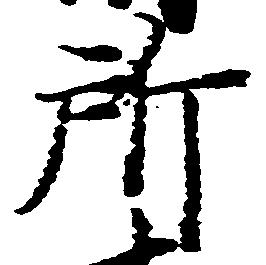
所